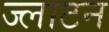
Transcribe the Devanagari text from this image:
ज्लाटन